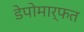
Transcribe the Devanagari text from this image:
डेपोमार्फत